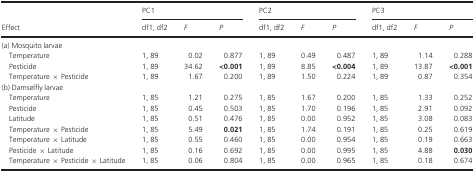
<table><thead><tr><td rowspan="2"><b>Effect</b></td><td colspan="3"><b>PC1</b></td><td colspan="3"><b>PC2</b></td><td colspan="3"><b>PC3</b></td></tr><tr><td><b>df1, df2</b></td><td><b><i>F</i></b></td><td><b><i>P</i></b></td><td><b>df1, df2</b></td><td><b><i>F</i></b></td><td><b><i>P</i></b></td><td><b>df1, df2</b></td><td><b><i>F</i></b></td><td><b><i>P</i></b></td></tr></thead><tbody><tr><td colspan="10">(a) Mosquito larvae</td></tr><tr><td>Temperature</td><td>1, 89</td><td>0.02</td><td>0.877</td><td>1, 89</td><td>0.49</td><td>0.487</td><td>1, 89</td><td>1.14</td><td>0.288</td></tr><tr><td>Pesticide</td><td>1, 89</td><td>34.62</td><td><b>&lt;0.001</b></td><td>1, 89</td><td>8.85</td><td><b>&lt;0.004</b></td><td>1, 89</td><td>13.87</td><td><b>&lt;0.001</b></td></tr><tr><td>Temperature × Pesticide</td><td>1, 89</td><td>1.67</td><td>0.200</td><td>1, 89</td><td>1.50</td><td>0.224</td><td>1, 89</td><td>0.87</td><td>0.354</td></tr><tr><td colspan="10">(b) Damselfly larvae</td></tr><tr><td>Temperature</td><td>1, 85</td><td>1.21</td><td>0.275</td><td>1, 85</td><td>1.67</td><td>0.200</td><td>1, 85</td><td>1.33</td><td>0.252</td></tr><tr><td>Pesticide</td><td>1, 85</td><td>0.45</td><td>0.503</td><td>1, 85</td><td>1.70</td><td>0.196</td><td>1, 85</td><td>2.91</td><td>0.092</td></tr><tr><td>Latitude</td><td>1, 85</td><td>0.51</td><td>0.476</td><td>1, 85</td><td>0.00</td><td>0.952</td><td>1, 85</td><td>3.08</td><td>0.083</td></tr><tr><td>Temperature × Pesticide</td><td>1, 85</td><td>5.49</td><td><b>0.021</b></td><td>1, 85</td><td>1.74</td><td>0.191</td><td>1, 85</td><td>0.25</td><td>0.619</td></tr><tr><td>Temperature × Latitude</td><td>1, 85</td><td>0.55</td><td>0.460</td><td>1, 85</td><td>0.00</td><td>0.954</td><td>1, 85</td><td>0.19</td><td>0.663</td></tr><tr><td>Pesticide × Latitude</td><td>1, 85</td><td>0.16</td><td>0.692</td><td>1, 85</td><td>0.00</td><td>0.995</td><td>1, 85</td><td>4.88</td><td><b>0.030</b></td></tr><tr><td>Temperature × Pesticide × Latitude</td><td>1, 85</td><td>0.06</td><td>0.804</td><td>1, 85</td><td>0.00</td><td>0.965</td><td>1, 85</td><td>0.18</td><td>0.674</td></tr></tbody></table>